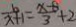
\frac { b } { x + 1 } = \frac { x - 8 } { 3 } + 2